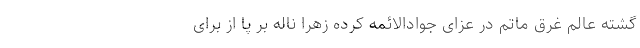
گشته عالم غرق ماتم در عزاى جوادالائمه کرده زهرا ناله بر پا از براى